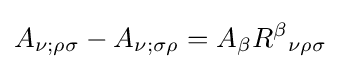
A_{\nu ;\rho \sigma }-A_{\nu ;\sigma \rho }=A_{\beta }R^{\beta }{}_{\nu \rho \sigma }